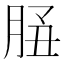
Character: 𦚲